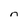
Character: n